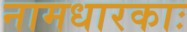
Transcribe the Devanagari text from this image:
नामधारकाः